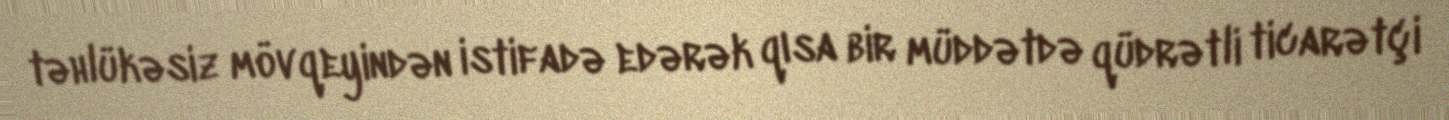
təhlükəsiz mövqeyindən istifadə edərək qısa bir müddətdə qüdrətli ticarətçi